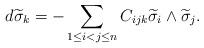
LaTeX: \begin{align*}d\widetilde{\sigma}_k=-\sum_{1\leq i<j\leq n}C_{ijk}\widetilde{\sigma}_i\wedge \widetilde{\sigma}_j.\end{align*}